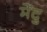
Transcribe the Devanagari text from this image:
मेंदु